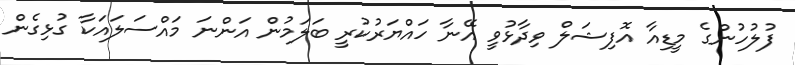
ފުލުހުންގެ މީޑިއާ އޮފިޝަލް ވިދާޅުވީ އޭނާ ހައްޔަރުކުރީ ބަލަމުން އަންނަ މައްސަލައަކާ ގުޅިގެން